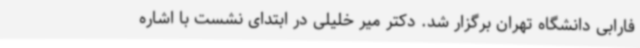
فارابی دانشگاه تهران برگزار شد. دکتر میر خلیلی در ابتدای نشست با اشاره